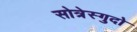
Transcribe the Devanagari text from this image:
सोत्रेस्गुदो